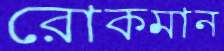
রোকমান